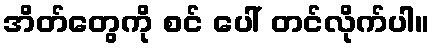
အိတ်တွေကို စင် ပေါ် တင်လိုက်ပါ။